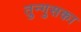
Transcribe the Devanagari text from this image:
तुन्गुसका